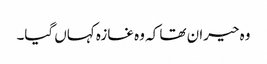
وہ حیران تھا کہ وہ غازہ کہاں گیا۔